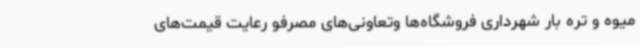
میوه و تره بار شهرداری فروشگاه‌ها وتعاونی‌های مصرفو رعایت قیمت‌های